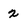
Character: 2